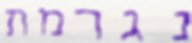
נגרמת